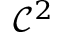
\mathcal { C } ^ { 2 }